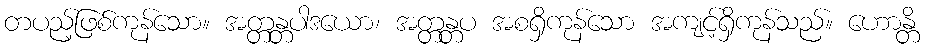
တပည့်ဖြစ်ကုန်သော။ အတ္တန္တပါဒယော၊ အတ္တန္တပ အစရှိကုန်သော အကျင့်ရှိကုန်သည်။ ဟောန္တိ